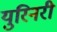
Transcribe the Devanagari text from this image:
युरिनरी